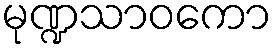
မုဏ္ဍသာဝကော